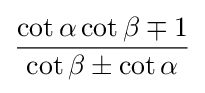
{\frac {\cot \alpha \cot \beta \mp 1}{\cot \beta \pm \cot \alpha }}